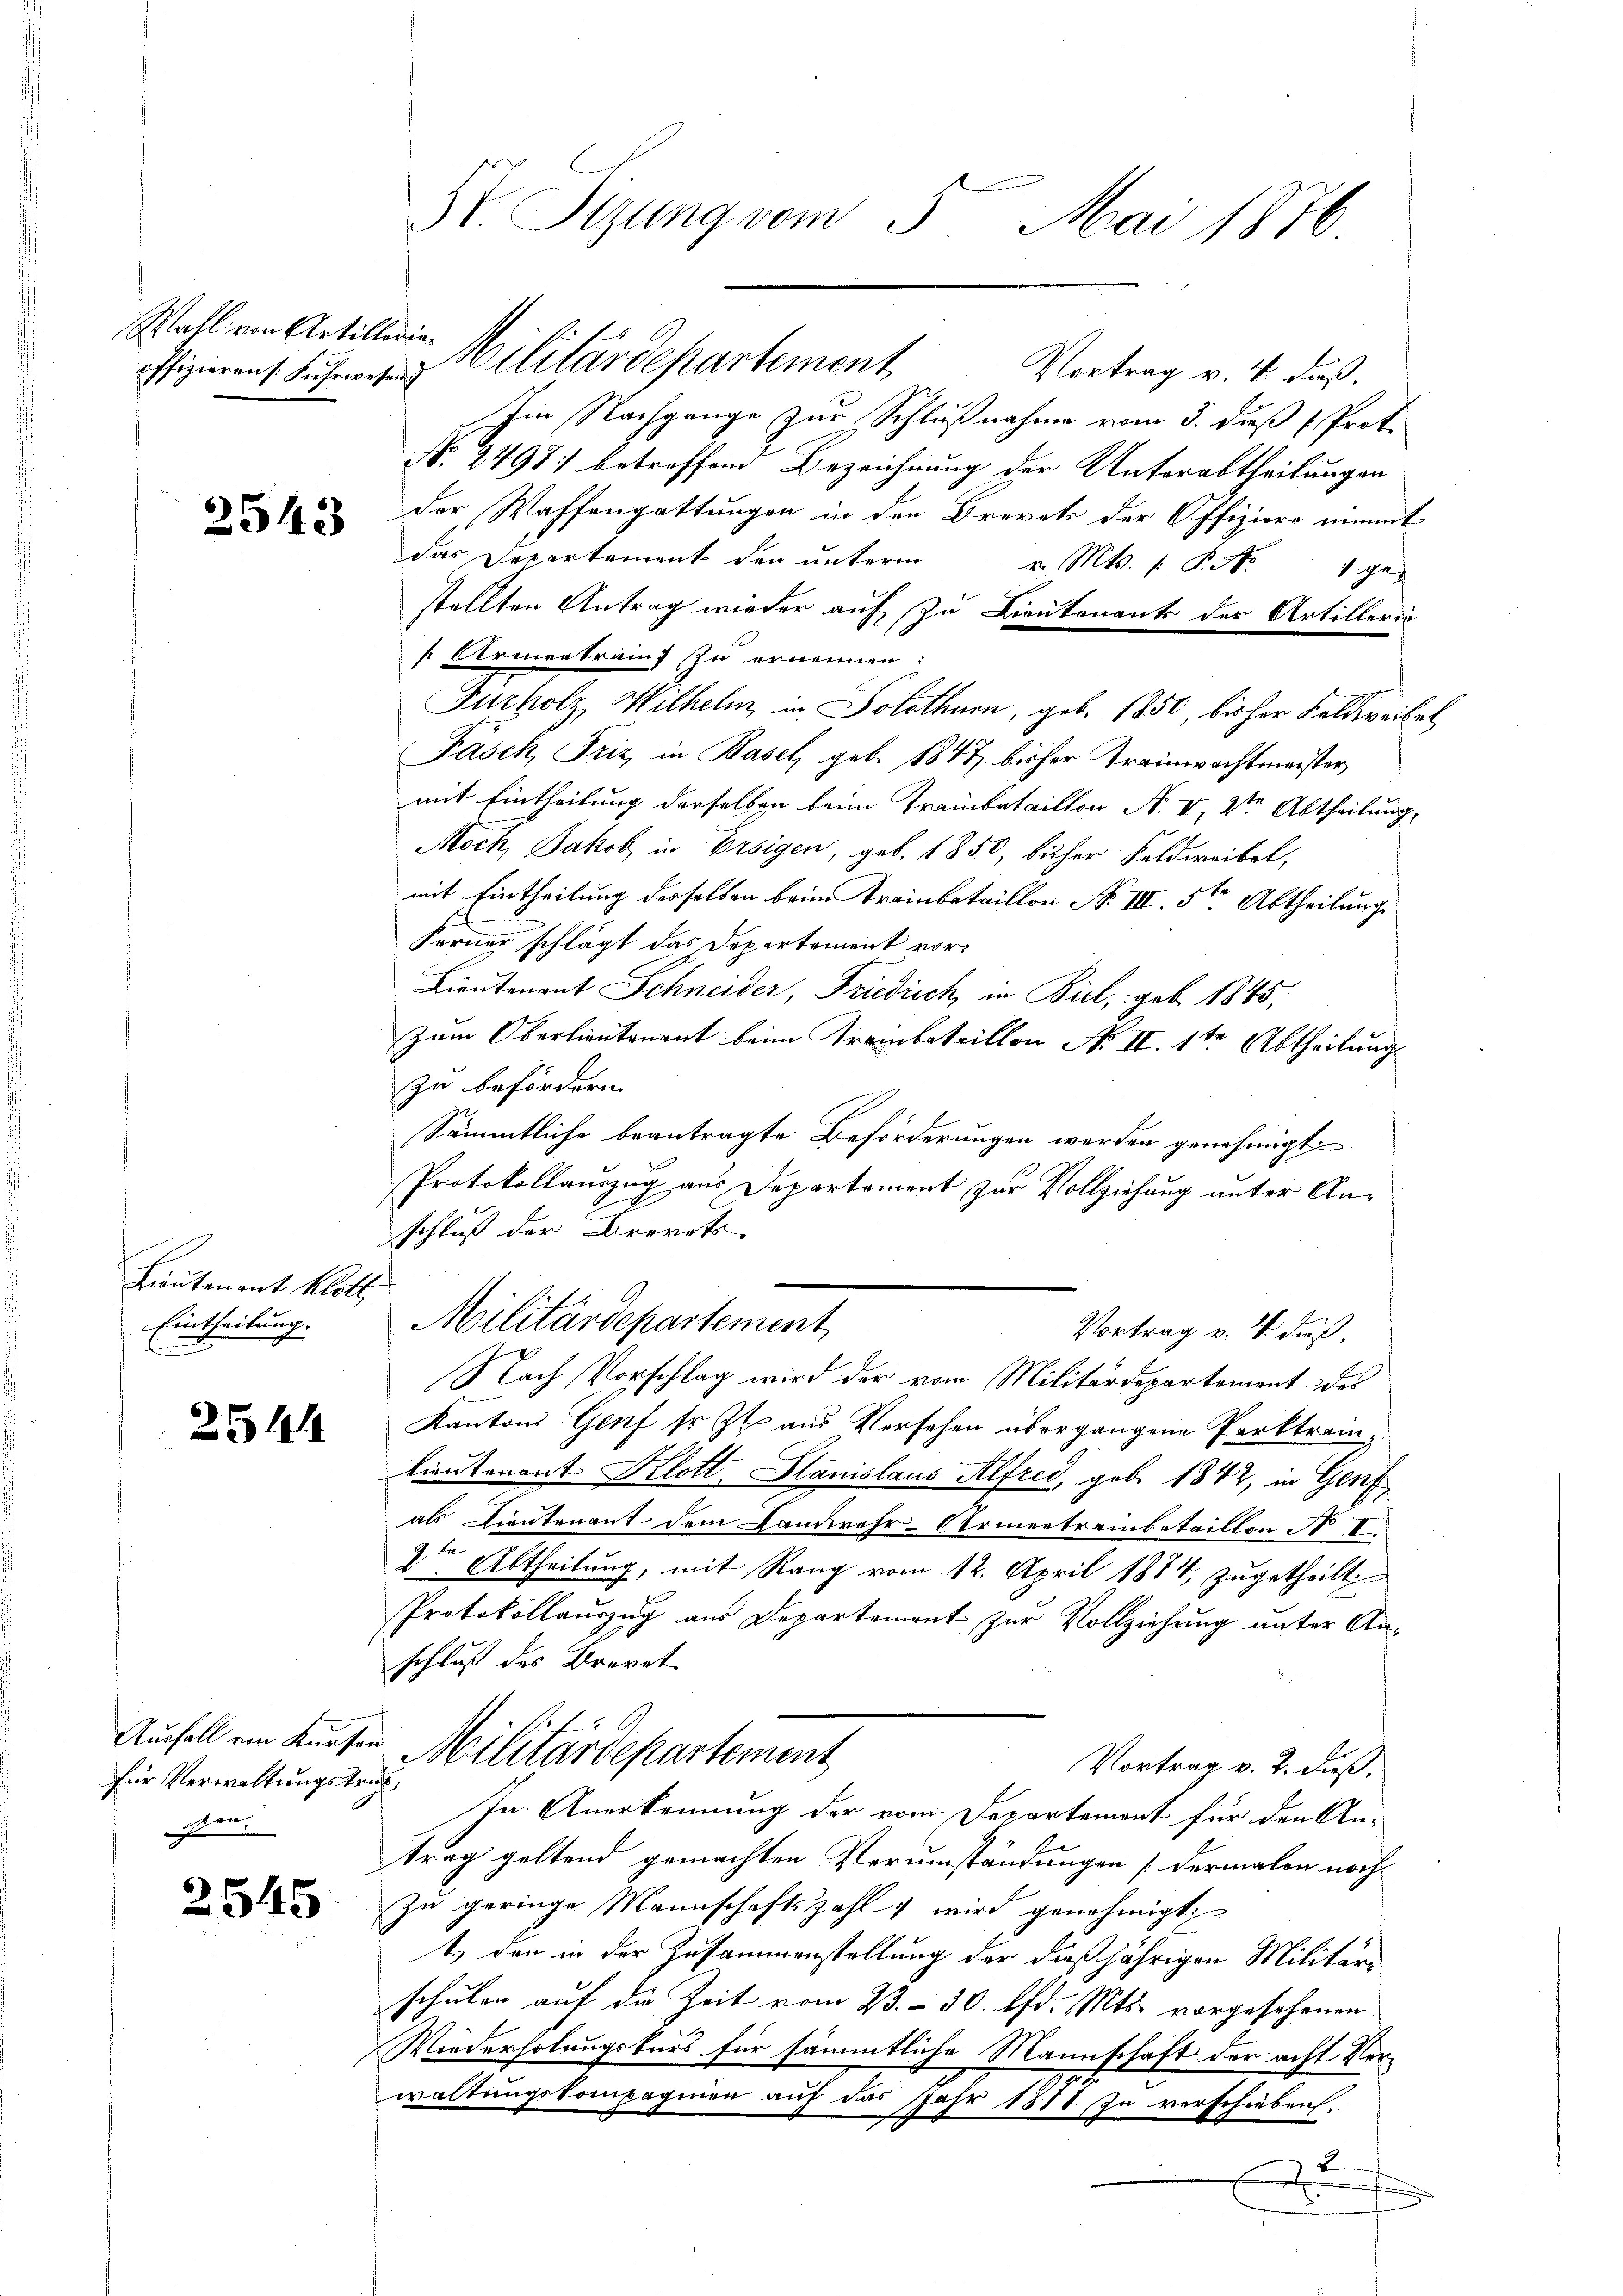
Wahl von Artillorie

2543

Lieutenant Klott
Eintheilung.

251

für Verwaltungstrafpen.

2545

St. Sizung vom 5. Mai 1876

,
Im Nachgange zur Schlußnahme vom 5. dieß Proto
No. 2497) betreffen Bezeichnung der Unterabtheilungen
der Waffengattungen in den Brevets der Offiziers unmt
das Departement den unterm v. Mts. P. Nr. 1 ge-
stellten Antrag wieder auf zu Lieutenants der Artillerin
k Armentrauf zu ernennen:
Furholz, Wilhelm in Solothurn, geb. 1850, bisher Feldweibel
Fäsch, Friz in Basel, geb. 1847 bisher Trainwachtmeister,
mit Eintheilung derselben beim Trambataillon N. II, 2ten Abtheilung,
Moch, Jakob, in Ersigen, geb. 1850, bücher Feldweibel,
mit Eintheilung derselben beim Trambataillon No III. 5ten Abtheilung
Ferner schlägt das Departement vor¬
Lieutenant Schneider, Friedrich, in Biel, geb. 1845,
Zum Oberlieutenant beim Treinbataillon No II. 1ten Abtheilung
zu befördern.
Sämmtliche beantragte Beförderungen werden genehmigt.
Protokollauszug aus Departement zur Vollziehung unter Anschluß der Brevets
Militärdepartement
Vortrag v. 4. dieß.
Nach Vorschlag wird der vom Militärdepartement des
Kantons Genf so et aus Versehen übergangene Parktrainlieutenant Klott. Stanislaus Alfred, geb. 1842, in Genf
als Lieutenant dem Landwehr-Armentreinbataillon No II.
2te Abtheilung, mit Rang vom 12. April 1874, zugetheilt
Protokollauszug aus Departement zur Vollziehung unter Anschluß des Brevet
Ausfall ein Kursen Militärdepartement
Vortrag v. 2. dieß,
In Anerkennung der vom Departemont für den An-
trag geltend gemachten Verumständungen [dermalen noch
zu geringe Mannschaftszahl wird genehmigt,
t., den in der Zusammenstellung der dießjährigen Militär-
schulen auf die Zeit vom 23. - 30. lfd. Mts. vorgesehenen
Wiederholungskurs für sämmtliche Mannschaft der acht Vorwaltungskompagnien auf das Jahr 1878 zu verschieben.
.
2

offizieren Fuhren Cilitärdepartement Vortrag v. 4. dieß.